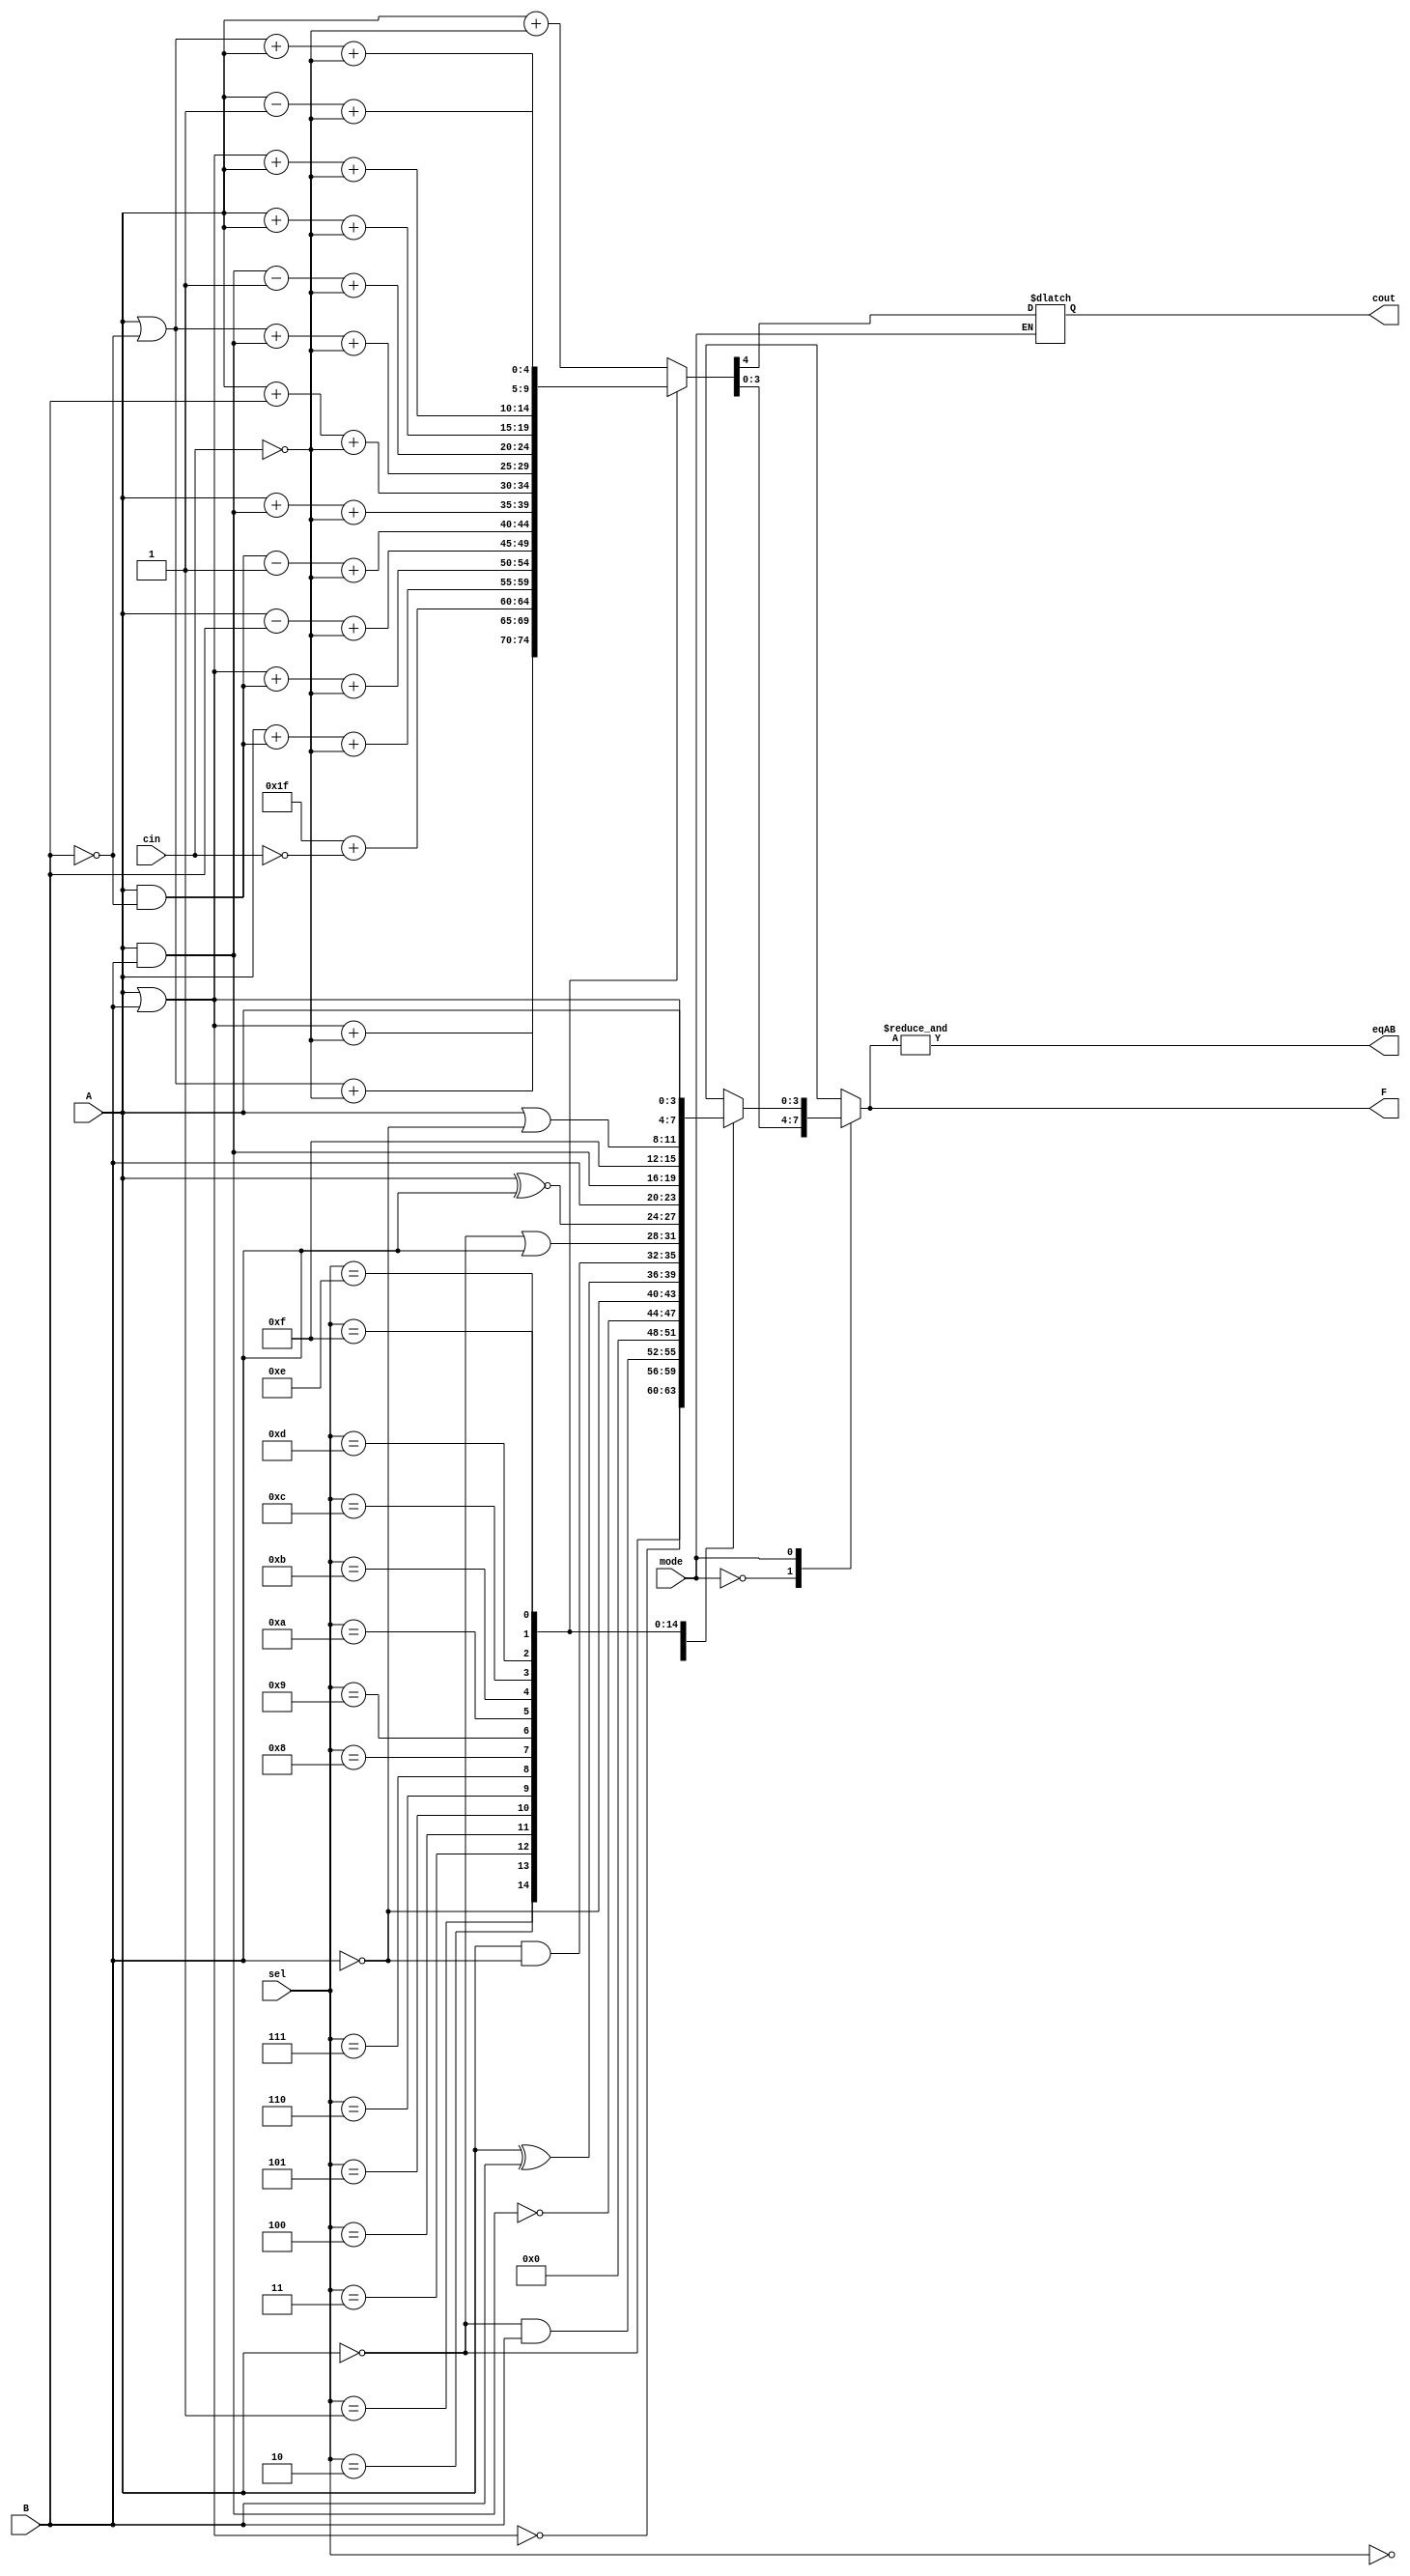
module ALU_74LS181 (A,B,sel,mode,F,cin,cout,eqAB);
    input [3:0]A,B,sel;
    input mode,cin;

    output reg [3:0]F;
    output reg cout,eqAB; //eqAB only works when mode = 0 , sel = 0110 and carry in is 0, ie subtract mode

    reg [4:0]sum;

    always @(*) begin
        case (mode)
            1'b0:begin
                    case (sel)
                        4'b0000: sum = A + ~cin;
                        4'b0001: sum = ( A | B ) + ~cin;
                        4'b0010: sum = ( A | ~B ) + ~cin;
                        4'b0011: sum = -5'b1 + {4'b0,~cin};
                        4'b0100: sum = A + ( A & ~B ) + ~cin;
                        4'b0101: sum = ( A | B ) + ( A & ~B ) + ~cin;
                        4'b0110: sum = A - B + ~cin;
                        4'b0111: sum = ( A & ~B ) - 5'b1 + ~cin;
                        4'b1000: sum = A + ( A & B ) + ~cin;
                        4'b1001: sum = A + B + ~cin;
                        4'b1010: sum = ( A | ~B ) + ( A & B ) + ~cin;
                        4'b1011: sum = ( A & B ) - 5'b1 + ~cin;
                        4'b1100: sum = A + A + ~cin;
                        4'b1101: sum = ( A | B ) + A + ~cin;
                        4'b1110: sum = ( A | ~B ) + A + ~cin;
                        4'b1111: sum = A - 5'b1 + ~cin;
                        default: sum = 5'b0;
                    endcase
                    cout = sum[4];
                    F = sum[3:0];
                end
    
            1'b1:begin
                    case (sel)
                        4'b0000: F = ~A;
                        4'b0001: F = ~( A | B );
                        4'b0010: F = ~A & B;
                        4'b0011: F = 4'b0;
                        4'b0100: F = ~( A & B );
                        4'b0101: F = ~B;
                        4'b0110: F = A ^ B;
                        4'b0111: F = A & ~B;
                        4'b1000: F = ~A | B;
                        4'b1001: F = A ~^ B;
                        4'b1010: F = B;
                        4'b1011: F = A & B;
                        4'b1100: F = 4'b1111;
                        4'b1101: F = A | ~B;
                        4'b1110: F = A | B;
                        4'b1111: F = A;
                        default:  F = 4'b0;
                    endcase
                end 
            default: F = 4'b0; 
        endcase
        eqAB = &F;
    end

endmodule